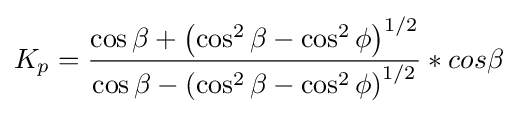
K_{p}={\frac {\cos \beta +\left(\cos ^{2}\beta -\cos ^{2}\phi \right)^{1/2}}{\cos \beta -\left(\cos ^{2}\beta -\cos ^{2}\phi \right)^{1/2}}}*cos\beta